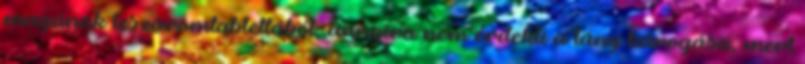
magának leszaromtablettából, annyira nem érdekli a lány károgása, mert